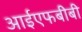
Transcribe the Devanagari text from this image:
आईएफबीबी